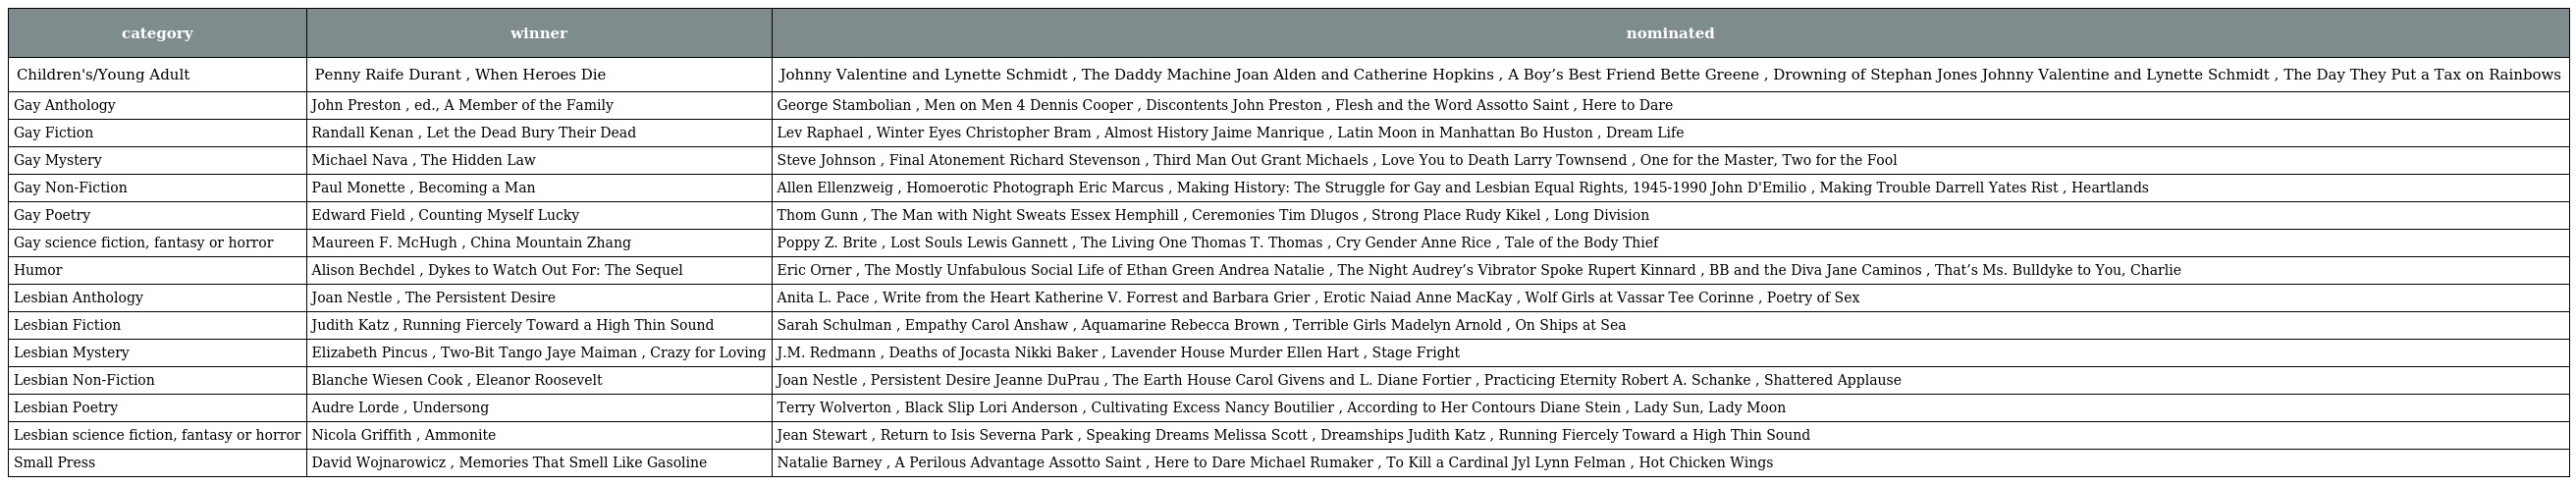
| category | winner | nominated |
 | --- | --- | --- |
 | Children's/Young Adult | Penny Raife Durant , When Heroes Die | Johnny Valentine and Lynette Schmidt , The Daddy Machine Joan Alden and Catherine Hopkins , A Boy’s Best Friend Bette Greene , Drowning of Stephan Jones Johnny Valentine and Lynette Schmidt , The Day They Put a Tax on Rainbows |
 | Gay Anthology | John Preston , ed., A Member of the Family | George Stambolian , Men on Men 4 Dennis Cooper , Discontents John Preston , Flesh and the Word Assotto Saint , Here to Dare |
 | Gay Fiction | Randall Kenan , Let the Dead Bury Their Dead | Lev Raphael , Winter Eyes Christopher Bram , Almost History Jaime Manrique , Latin Moon in Manhattan Bo Huston , Dream Life |
 | Gay Mystery | Michael Nava , The Hidden Law | Steve Johnson , Final Atonement Richard Stevenson , Third Man Out Grant Michaels , Love You to Death Larry Townsend , One for the Master, Two for the Fool |
 | Gay Non-Fiction | Paul Monette , Becoming a Man | Allen Ellenzweig , Homoerotic Photograph Eric Marcus , Making History: The Struggle for Gay and Lesbian Equal Rights, 1945-1990 John D'Emilio , Making Trouble Darrell Yates Rist , Heartlands |
 | Gay Poetry | Edward Field , Counting Myself Lucky | Thom Gunn , The Man with Night Sweats Essex Hemphill , Ceremonies Tim Dlugos , Strong Place Rudy Kikel , Long Division |
 | Gay science fiction, fantasy or horror | Maureen F. McHugh , China Mountain Zhang | Poppy Z. Brite , Lost Souls Lewis Gannett , The Living One Thomas T. Thomas , Cry Gender Anne Rice , Tale of the Body Thief |
 | Humor | Alison Bechdel , Dykes to Watch Out For: The Sequel | Eric Orner , The Mostly Unfabulous Social Life of Ethan Green Andrea Natalie , The Night Audrey’s Vibrator Spoke Rupert Kinnard , BB and the Diva Jane Caminos , That’s Ms. Bulldyke to You, Charlie |
 | Lesbian Anthology | Joan Nestle , The Persistent Desire | Anita L. Pace , Write from the Heart Katherine V. Forrest and Barbara Grier , Erotic Naiad Anne MacKay , Wolf Girls at Vassar Tee Corinne , Poetry of Sex |
 | Lesbian Fiction | Judith Katz , Running Fiercely Toward a High Thin Sound | Sarah Schulman , Empathy Carol Anshaw , Aquamarine Rebecca Brown , Terrible Girls Madelyn Arnold , On Ships at Sea |
 | Lesbian Mystery | Elizabeth Pincus , Two-Bit Tango Jaye Maiman , Crazy for Loving | J.M. Redmann , Deaths of Jocasta Nikki Baker , Lavender House Murder Ellen Hart , Stage Fright |
 | Lesbian Non-Fiction | Blanche Wiesen Cook , Eleanor Roosevelt | Joan Nestle , Persistent Desire Jeanne DuPrau , The Earth House Carol Givens and L. Diane Fortier , Practicing Eternity Robert A. Schanke , Shattered Applause |
 | Lesbian Poetry | Audre Lorde , Undersong | Terry Wolverton , Black Slip Lori Anderson , Cultivating Excess Nancy Boutilier , According to Her Contours Diane Stein , Lady Sun, Lady Moon |
 | Lesbian science fiction, fantasy or horror | Nicola Griffith , Ammonite | Jean Stewart , Return to Isis Severna Park , Speaking Dreams Melissa Scott , Dreamships Judith Katz , Running Fiercely Toward a High Thin Sound |
 | Small Press | David Wojnarowicz , Memories That Smell Like Gasoline | Natalie Barney , A Perilous Advantage Assotto Saint , Here to Dare Michael Rumaker , To Kill a Cardinal Jyl Lynn Felman , Hot Chicken Wings |